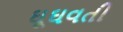
ઘૂઘવતી